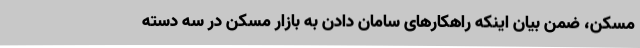
مسکن، ضمن بیان اینکه راهکارهای سامان دادن به بازار مسکن در سه دسته